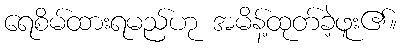
ရေစိမ်ထားရမည်ဟု အမိန့်ထုတ်ခဲ့ဖူး၏။